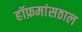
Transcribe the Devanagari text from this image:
हॉफ़मांसठाल